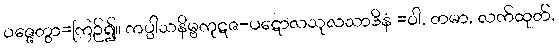
ဝဇ္ဇေတွာ=ကြဉ်၍။ ကပ္ပါသနိမ္ဗကုဋဇ-ပဋောလသုလသာဒိနံ =ဝါ, တမာ, လက်ထုတ်,